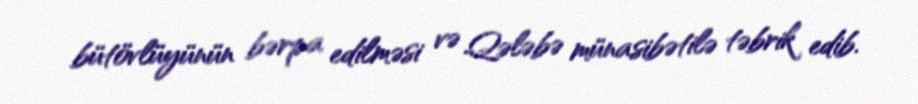
bütövlüyünün bərpa edilməsi və Qələbə münasibətilə təbrik edib.